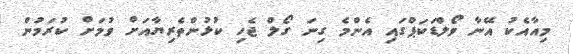
މިއާއެކު އޭނާ ވޯލްޑަކަޕްގައި އެންމެ ގިނަ ގޯލް ޖެހި ކުޅުންތެރިޔާއަށް ވުމަށް ކުރަމުން